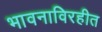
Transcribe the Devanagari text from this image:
भावनाविरहीत